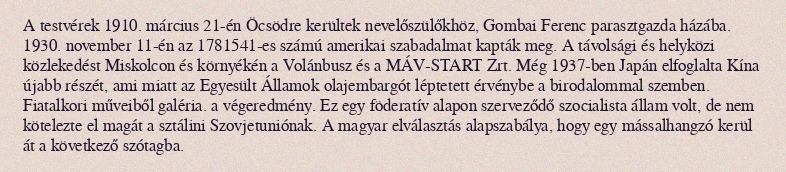
A testvérek 1910. március 21-én Öcsödre kerültek nevelőszülőkhöz, Gombai Ferenc parasztgazda házába. 1930. november 11-én az 1781541-es számú amerikai szabadalmat kapták meg. A távolsági és helyközi közlekedést Miskolcon és környékén a Volánbusz és a MÁV-START Zrt. Még 1937-ben Japán elfoglalta Kína újabb részét, ami miatt az Egyesült Államok olajembargót léptetett érvénybe a birodalommal szemben. Fiatalkori műveiből galéria. a végeredmény. Ez egy föderatív alapon szerveződő szocialista állam volt, de nem kötelezte el magát a sztálini Szovjetuniónak. A magyar elválasztás alapszabálya, hogy egy mássalhangzó kerül át a következő szótagba.